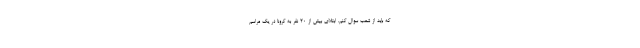
که باید از شعب سوال کنم. ابتلای بیش از 20 نفر به کرونا در یک مراسم